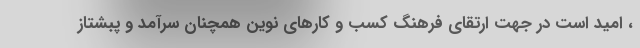
، امید است در جهت ارتقای فرهنگ کسب و کارهای نوین همچنان سرآمد و پبشتاز